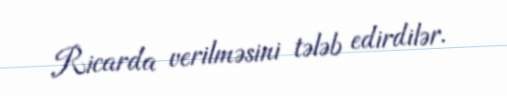
Ricarda verilməsini tələb edirdilər.